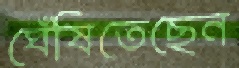
ঘেঁষিতেছেন